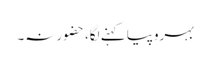
بہروپیا کہنے لگا، حضور نہ۔